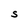
Character: s